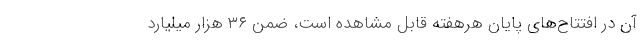
آن در افتتاح‌های پایان هرهفته قابل مشاهده است، ضمن ۳۶ هزار میلیارد